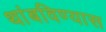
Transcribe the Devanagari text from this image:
थांबविण्यास